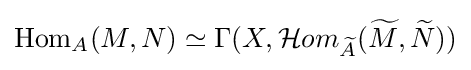
\operatorname {Hom} _{A}(M,N)\simeq \Gamma (X,{\mathcal {H}}om_{\widetilde {A}}({\widetilde {M}},{\widetilde {N}}))